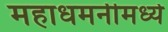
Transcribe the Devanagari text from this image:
महाधमनीमध्ये